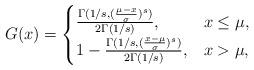
LaTeX: \begin{align*}G(x)=\begin{cases}\frac{\Gamma(1/s, (\frac{\mu-x}{\sigma})^s)}{2\Gamma(1/s)},& x \leq \mu,\\1-\frac{\Gamma(1/s, (\frac{x-\mu}{\sigma})^s)}{2\Gamma(1/s)},& x > \mu,\end{cases}\end{align*}